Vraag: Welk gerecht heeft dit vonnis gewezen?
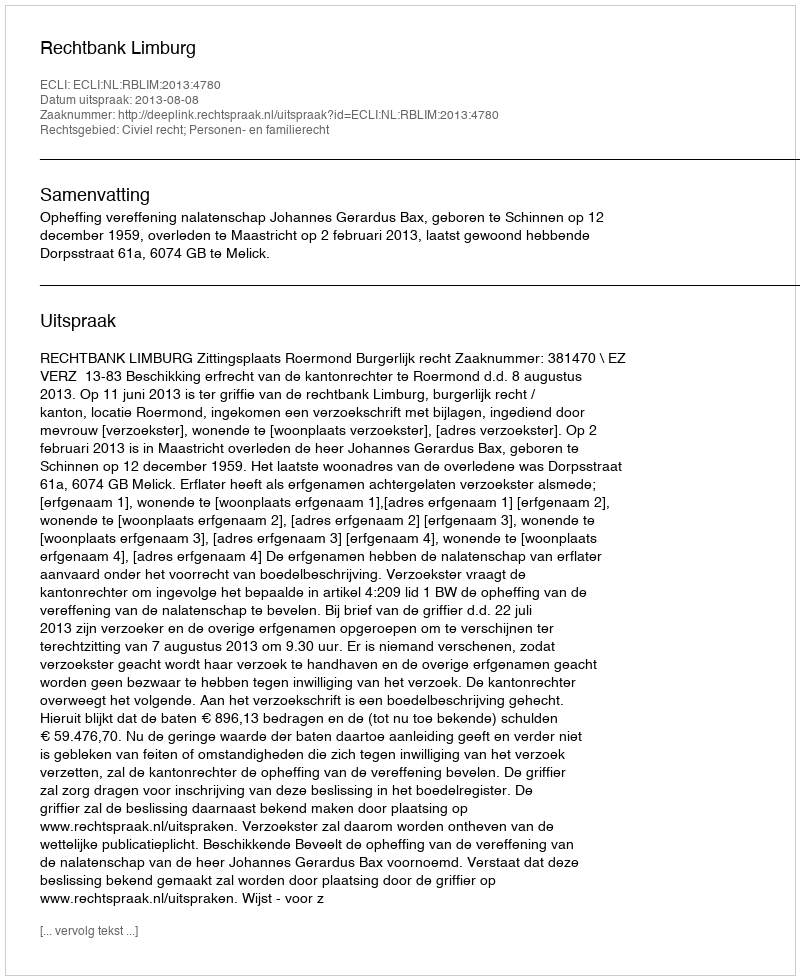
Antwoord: Rechtbank Limburg